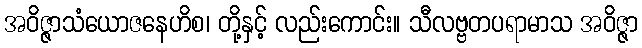
အဝိဇ္ဇာသံယောဇနေဟိစ၊ တို့နှင့် လည်းကောင်း။ သီလဗ္ဗတပရာမာသ အဝိဇ္ဇာ